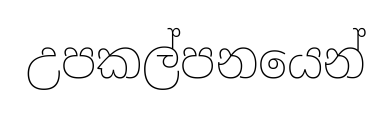
උපකල්පනයෙන්